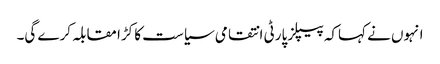
انہوں نے کہاکہ پیپلز پارٹی انتقامی سیاست کا کڑا مقابلہ کرے گی۔